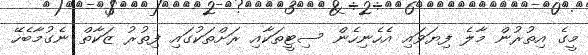
މީގެ އިތުރުން މާލެ ފިޔަވައި އެހެނިހެން ސިޓީތަކާއި ރަށްތަކުގައި ފިތުރު ޒަކާތް ނެގުމާބެހޭ